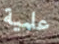
علمية